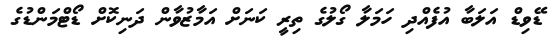
ޑޭވިޑް އަލަބާ އުފެއްދި ހަމަލާ ގޯލުގެ ތިރީ ކަނަށް އަމާޒުވާން ދަނިކޮށް ޑޯޓްމަންޑުގެ